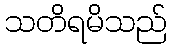
သတိရမိသည်